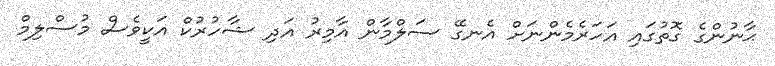
ޙާނުންގެ ގޮތުގައި އަހަރެމެންނަށް އެނގޭ ސަލްމާން އާމިރު އަދި ޝާހުރުކް އަކީވެސް މުސްލިމް